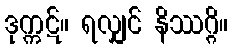
ဒုက္ကဋ်။ ရလျှင် နိဿဂ္ဂိ။